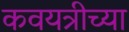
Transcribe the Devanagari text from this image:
कवयत्रीच्या